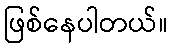
ဖြစ်နေပါတယ်။